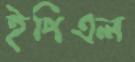
ইপিএল